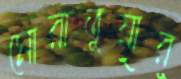
মোরাতুয়ার